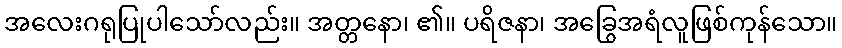
အလေးဂရုပြုပါသော်လည်း။ အတ္တနော၊ ၏။ ပရိဇနာ၊ အခြွေအရံလူဖြစ်ကုန်သော။